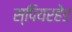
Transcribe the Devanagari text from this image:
स्पियरहेड